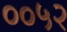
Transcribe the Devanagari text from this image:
००५२